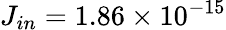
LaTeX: J_{in}=1.86\times 10^{-15}